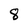
Character: 8